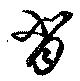
背